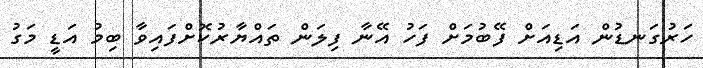
ހަރުގަނޑުން އަޑިއަށް ފޭބުމަށް ފަހު އޭނާ ފިލަން ތައްޔާރުކޮށްފައިވާ ބިމު އަޑީ މަގު